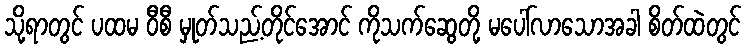
သို့ရာတွင် ပထမ ဝီစီ မှုတ်သည့်တိုင်အောင် ကိုသက်ဆွေတို့ မပေါ်လာသောအခါ စိတ်ထဲတွင်